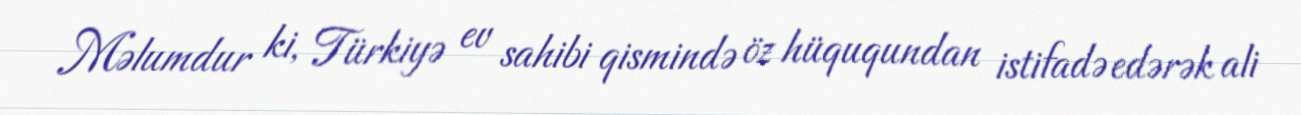
Məlumdur ki, Türkiyə ev sahibi qismində öz hüququndan istifadə edərək ali